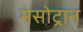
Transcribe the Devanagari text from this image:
मेसोट्रान